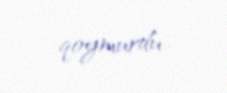
qoymurdu..